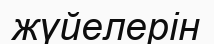
жүйелерін